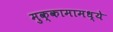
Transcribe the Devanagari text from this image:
मुक्कामामध्ये